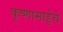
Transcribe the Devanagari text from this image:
कृष्णामाईचे